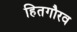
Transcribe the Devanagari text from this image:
हितगौरव